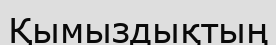
Қымыздықтың